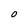
Character: O